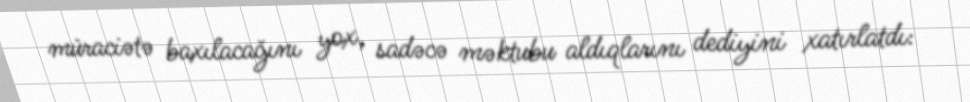
müraciətə baxılacağını yox, sadəcə məktubu aldıqlarını dediyini xatırlatdı: